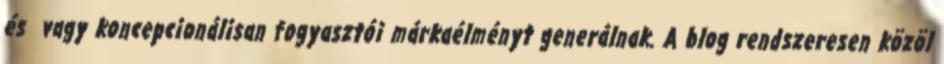
és vagy koncepcionálisan fogyasztói márkaélményt generálnak. A blog rendszeresen közöl